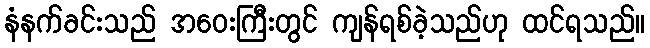
နံနက်ခင်းသည် အဝေးကြီးတွင် ကျန်ရစ်ခဲ့သည်ဟု ထင်ရသည်။